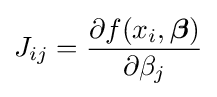
J_{ij}={\frac {\partial f(x_{i},{\boldsymbol {\beta }})}{\partial \beta _{j}}}